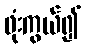
ဖုံးကွယ်၍